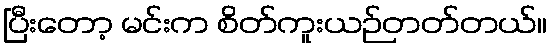
ပြီးတော့ မင်းက စိတ်ကူးယဉ်တတ်တယ်။